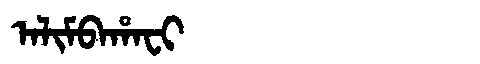
Manchu: ᠠᠯᡳᠮᠪᠠᡥᠠᠸᡳ
Romanization: ALIMBAHAFI